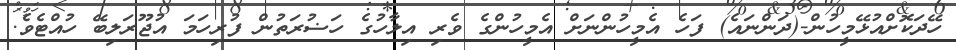
ހޭދަކޮށްއުޅޭމީހުން-(ދަންނައެ) ފަހެ އެމީހުންނަށް އެމީހުންގެ ވެރި އިލާހުގެ ހަޟުރަތުން ފުރިހަމަ އުޖޫރަލިބޭ ހުއްޓެވެ.